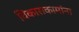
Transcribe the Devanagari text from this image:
विकासकामांना